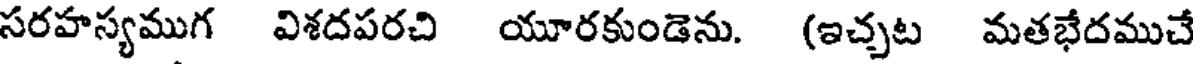
సరహస్యముగ విశదపరచి యూరకుండెను. (ఇచ్చట మతభేదముచే